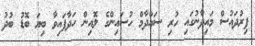
ފިރުދައުސް މައިދާނުގައި ހުރި ސައްދާމް ހުސައިންގެ ލޮއިން ހަދާފައިވާ ބިޔަ ބޮޑު ބުދު